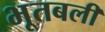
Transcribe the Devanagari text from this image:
भूतबली